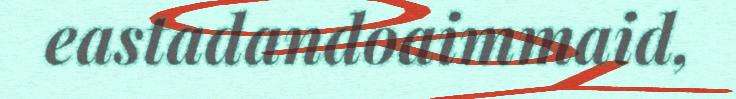
eastadandoaimmaid,